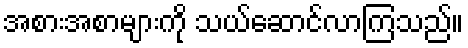
အစားအစာများကို သယ်ဆောင်လာကြသည်။